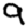
Digit: 9